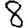
Digit: 8